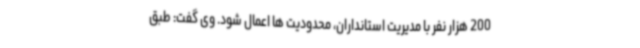
200 هزار نفر با مدیریت استانداران، محدودیت ها اعمال شود. وی گفت: طبق